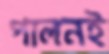
পালনই